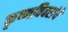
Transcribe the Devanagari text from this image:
कृष्णविवरांचे